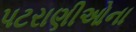
પટરાણીઓના